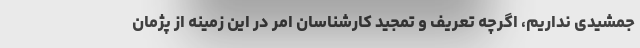
جمشیدی نداریم، اگرچه تعریف و تمجید کارشناسان امر در این زمینه از پژمان